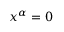
x ^ { \alpha } = 0